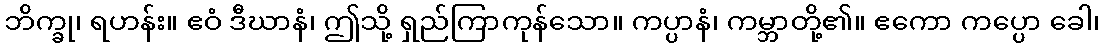
ဘိက္ခု၊ ရဟန်း။ ဧဝံ ဒီဃာနံ၊ ဤသို့ ရှည်ကြာကုန်သော။ ကပ္ပာနံ၊ ကမ္ဘာတို့၏။ ဧကော ကပ္ပော ခေါ၊